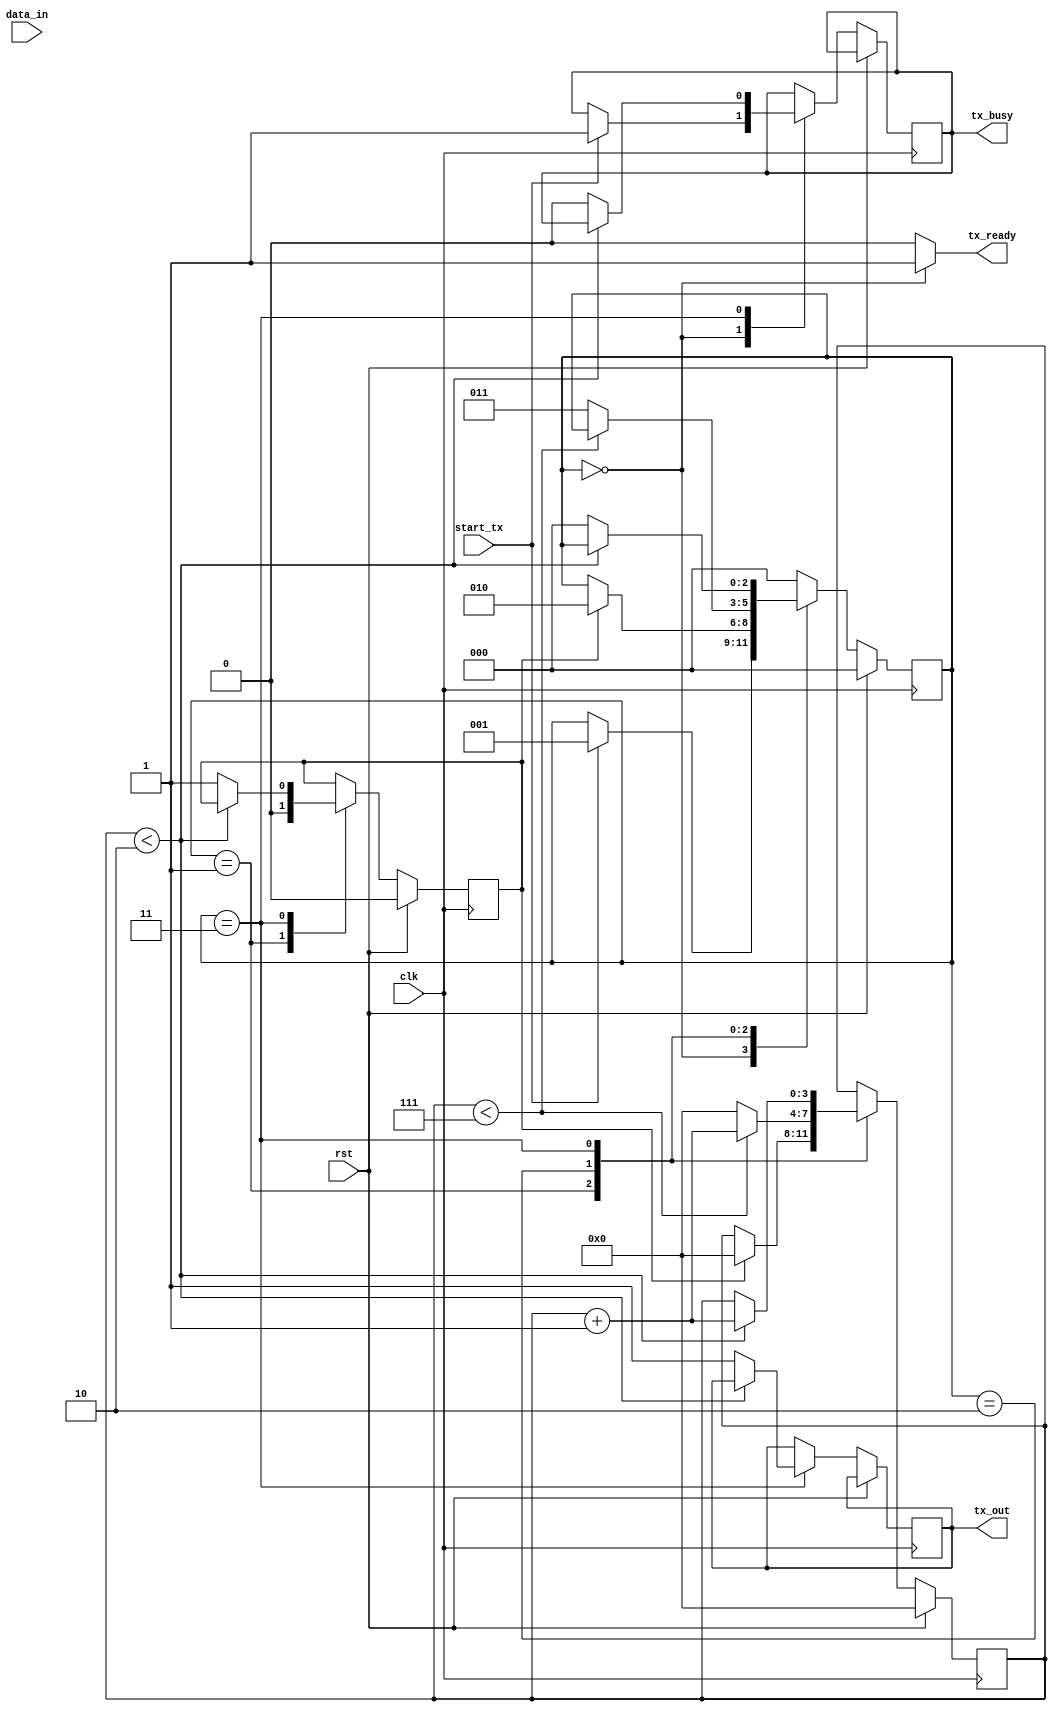
module uart_transmitter (
    input wire clk,
    input wire rst,
    input wire [7:0] data_in,
    input wire start_tx,
    output reg tx_busy,
    output wire tx_ready,
    output reg tx_out
);

// parameter definitions
parameter BAUD_RATE = 9600;
parameter BIT_PERIOD = 1_000_000_000 / BAUD_RATE;

// internal signal definitions
reg [2:0] state;
reg [7:0] shift_reg;
reg [3:0] bit_count;
reg start_bit;

// state definitions
parameter IDLE = 3'b000;
parameter START_BIT = 3'b001;
parameter DATA_BITS = 3'b010;
parameter STOP_BIT = 3'b011;

// timing definitions
always @(posedge clk) begin
    if (rst) begin
        state <= IDLE;
        shift_reg <= 8'b0;
        bit_count <= 0;
        start_bit <= 1'b0;
    end else begin
        case(state)
            IDLE: begin
                if (start_tx) begin
                    state <= START_BIT;
                    tx_busy <= 1;
                end
            end
            START_BIT: begin
                if (start_bit) begin
                    shift_reg <= {start_bit, data_in};
                    bit_count <= 0;
                    start_bit <= 0;
                    state <= DATA_BITS;
                end
            end
            DATA_BITS: begin
                if (bit_count < 7) begin
                    bit_count <= bit_count + 1;
                    shift_reg <= {shift_reg[6:0], 1'b0};
                end else begin
                    state <= STOP_BIT;
                    shift_reg <= {shift_reg[6:0], 1'b0};
                    bit_count <= 0;
                end
            end
            STOP_BIT: begin
                if (bit_count < 2) begin
                    bit_count <= bit_count + 1;
                    shift_reg <= {shift_reg[6:0], 1'b1};
                end else begin
                    state <= IDLE;
                    tx_out <= 1;
                    tx_busy <= 0;
                    start_bit <= 1;
                end
            end
            default: state <= IDLE;
        endcase
    end
end

// baud rate generator
reg [15:0] baud_counter;
always @(posedge clk) begin
    if (rst) begin
        baud_counter <= 16'b0;
    end else begin
        if (state == DATA_BITS || state == START_BIT || state == STOP_BIT) begin
            if (baud_counter >= BIT_PERIOD - 1) begin
                baud_counter <= 16'b0;
            end else begin
                baud_counter <= baud_counter + 1;
            end
        end
    end
end

assign tx_ready = (state == IDLE) ? 1 : 0;

endmodule